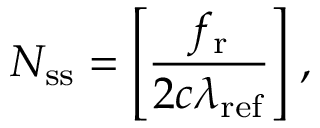
N _ { \mathrm { s s } } = \Bigg [ \frac { f _ { \mathrm { r } } } { 2 c \lambda _ { \mathrm { r e f } } } \Bigg ] \; ,